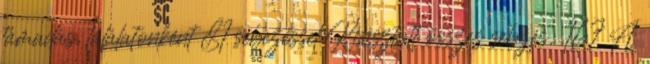
támadás, találatonként 81 sebezéssel Kiosztott összes sebzés: 167 A